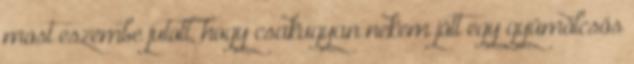
most eszembe jutott, hogy csakugyan nekem jött egy gyümölcsös